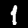
Label: 1